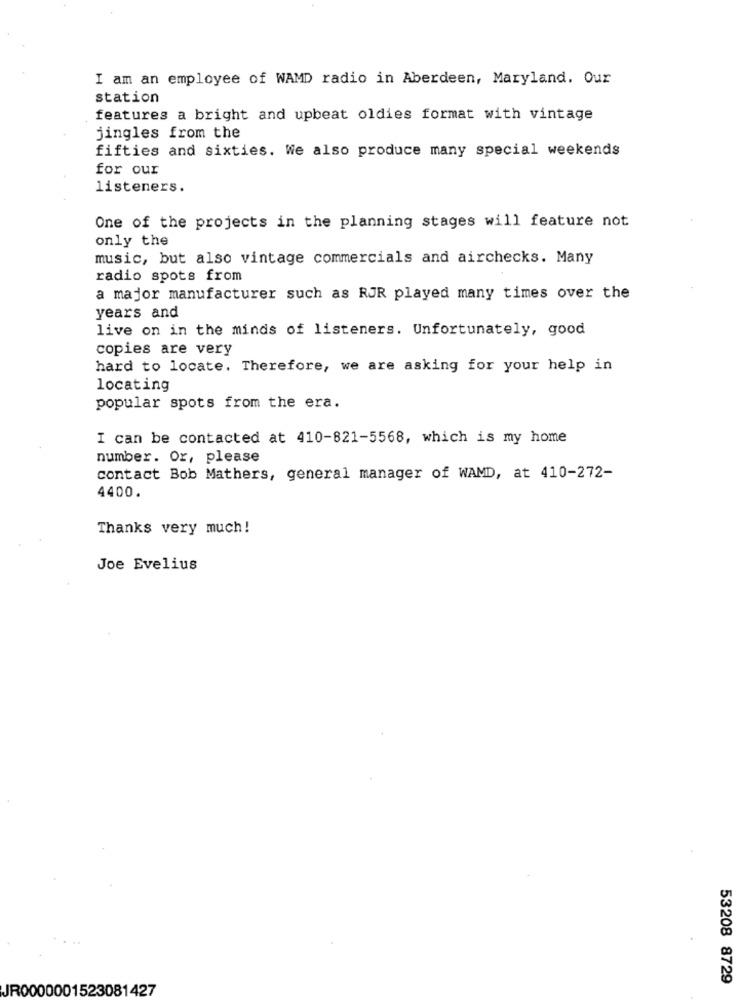
I am an employee of WAMD radio in Aberdeen, Maryland. Our
station
features a bright and upbeat oldies format with vintage
jingles from the
fifties and sixties. We also produce many special weekends
for our
listeners.
One of the projects in the planning stages will feature not
only the
music, but also vintage commercials and airchecks. Many
radio spots from
a major manufacturer such as RJR played many times over the
years and
live on in the minds of listeners. Unfortunately, good
copies are very
hard to locate. Therefore, we are asking for your help in
locating
popular spots from the era.
I can be contacted at 410-821-5568, which is my home
number. Or, please
contact Bob Mathers, general manager of WAMD, at 410-272-
4400.
Thanks very much!
Joe Evelius
53208 8729
JR0000001523081427